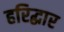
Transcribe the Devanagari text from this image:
हरिद्धार